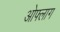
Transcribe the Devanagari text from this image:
ओफ्लाग